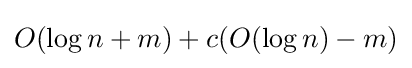
O(\log n+m)+c(O(\log n)-m)